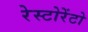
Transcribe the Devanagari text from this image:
रेस्टोरेंटो